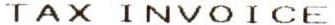
TAX INVOICE